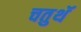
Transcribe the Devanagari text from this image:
चतुथॅ